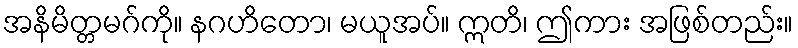
အနိမိတ္တမဂ်ကို။ နဂဟိတော၊ မယူအပ်။ ဣတိ၊ ဤကား အဖြစ်တည်း။